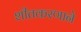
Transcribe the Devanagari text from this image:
शीतकरणाने